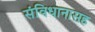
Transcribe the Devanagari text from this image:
संविधानासह